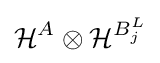
{\mathcal {H}}^{A}\otimes {\mathcal {H}}^{B_{j}^{L}}